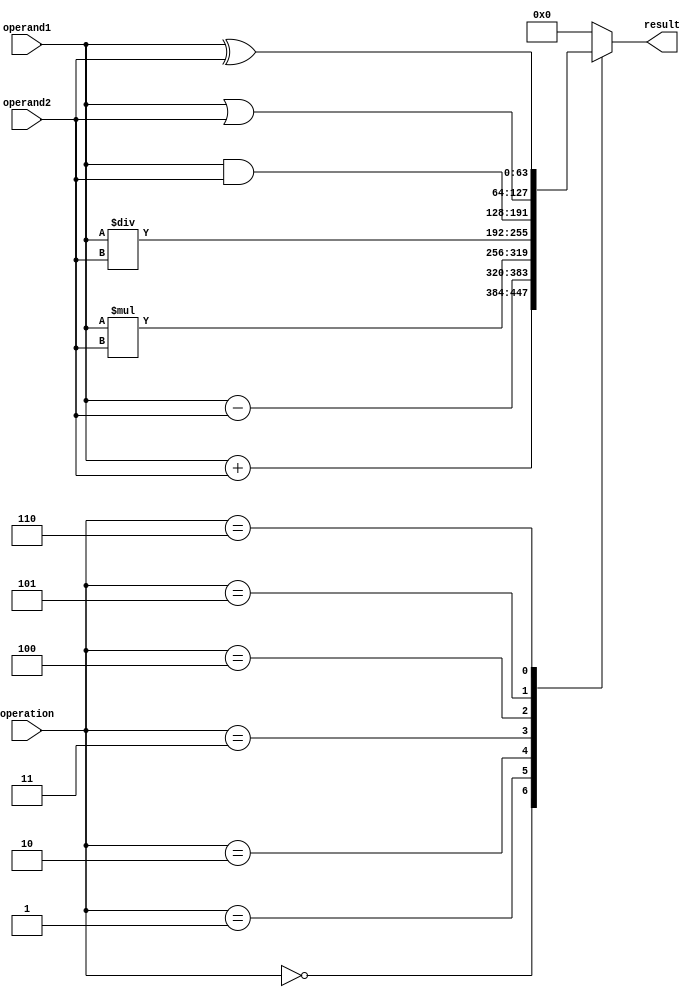
module ALU_64bit (
    input [63:0] operand1,
    input [63:0] operand2,
    input [3:0] operation, // 4-bit control signal for selecting operation
    output reg [63:0] result
);

reg [63:0] temp_result;

always @(*) begin
    case(operation)
        4'b0000: temp_result = operand1 + operand2; // addition
        4'b0001: temp_result = operand1 - operand2; // subtraction
        4'b0010: temp_result = operand1 * operand2; // multiplication
        4'b0011: temp_result = operand1 / operand2; // division
        4'b0100: temp_result = operand1 & operand2; // bitwise AND
        4'b0101: temp_result = operand1 | operand2; // bitwise OR
        4'b0110: temp_result = operand1 ^ operand2; // bitwise XOR
        // add more operations as needed

        default: temp_result = 64'h0000000000000000; // default to 0 if operation is not supported
    endcase
end

always @(*) begin
    result = temp_result; // output the final result
end

endmodule